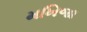
મખિજા